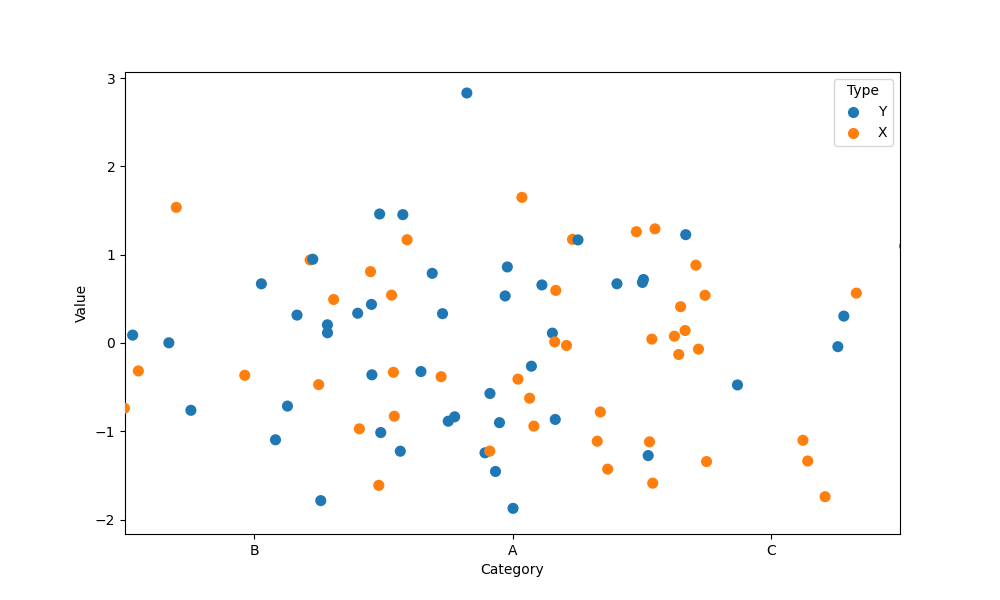
python, seaborn, stripplot, jitter=True, dodge=False, alpha=1.0, size=8